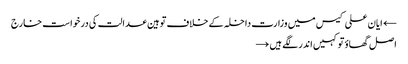
← ایان علی کیس میں وزارت داخلہ کے خلاف توہین عدالت کی درخواست خارج
اصل گھاؤ تو کہیں اندر لگے ہیں →